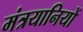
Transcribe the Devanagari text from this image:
मंत्रयानियों